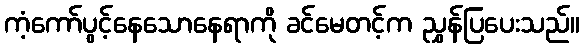
ကံ့ကော်ပွင့်နေသောနေရာကို ခင်မေတင့်က ညွှန်ပြပေးသည်။